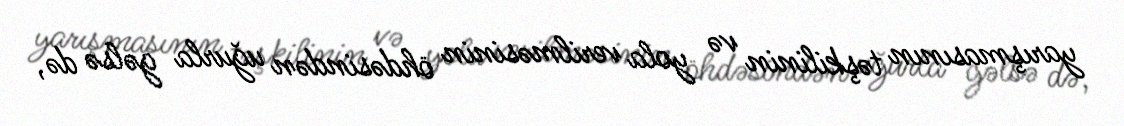
yarışmasının təşkilinin və yola verilməsinin öhdəsindən uğurla gəlsə də,